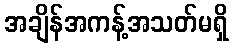
အချိန်အကန့်အသတ်မရှိ